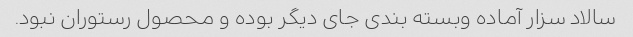
سالاد سزار آماده وبسته بندی جای دیگر بوده و محصول رستوران نبود.